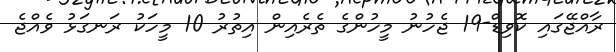
ރާއްޖޭގައި ކޮވިޑް-19 ޖެހުނު މީހުންގެ ތެރެއިން އިތުރު 10 މީހަކު ރަނގަޅު ވެއްޖެ